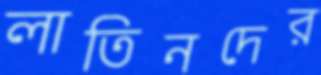
লাতিনদের